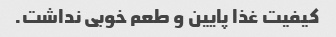
کیفیت غذا پایین و طعم خوبی نداشت.